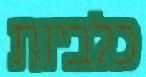
כלביות